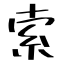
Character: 索